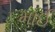
માઈ